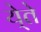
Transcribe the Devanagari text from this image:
ये्ते